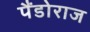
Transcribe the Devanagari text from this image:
पैंडोराज